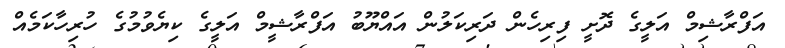
އަފްރާޝިމް އަލީގެ ދޮށީ ފިރިހެން ދަރިކަލުން އައްޔޫބު އަފްރާޝީމް އަލީގެ ކިޔެވުމުގެ ހުރިހާކަމެއް